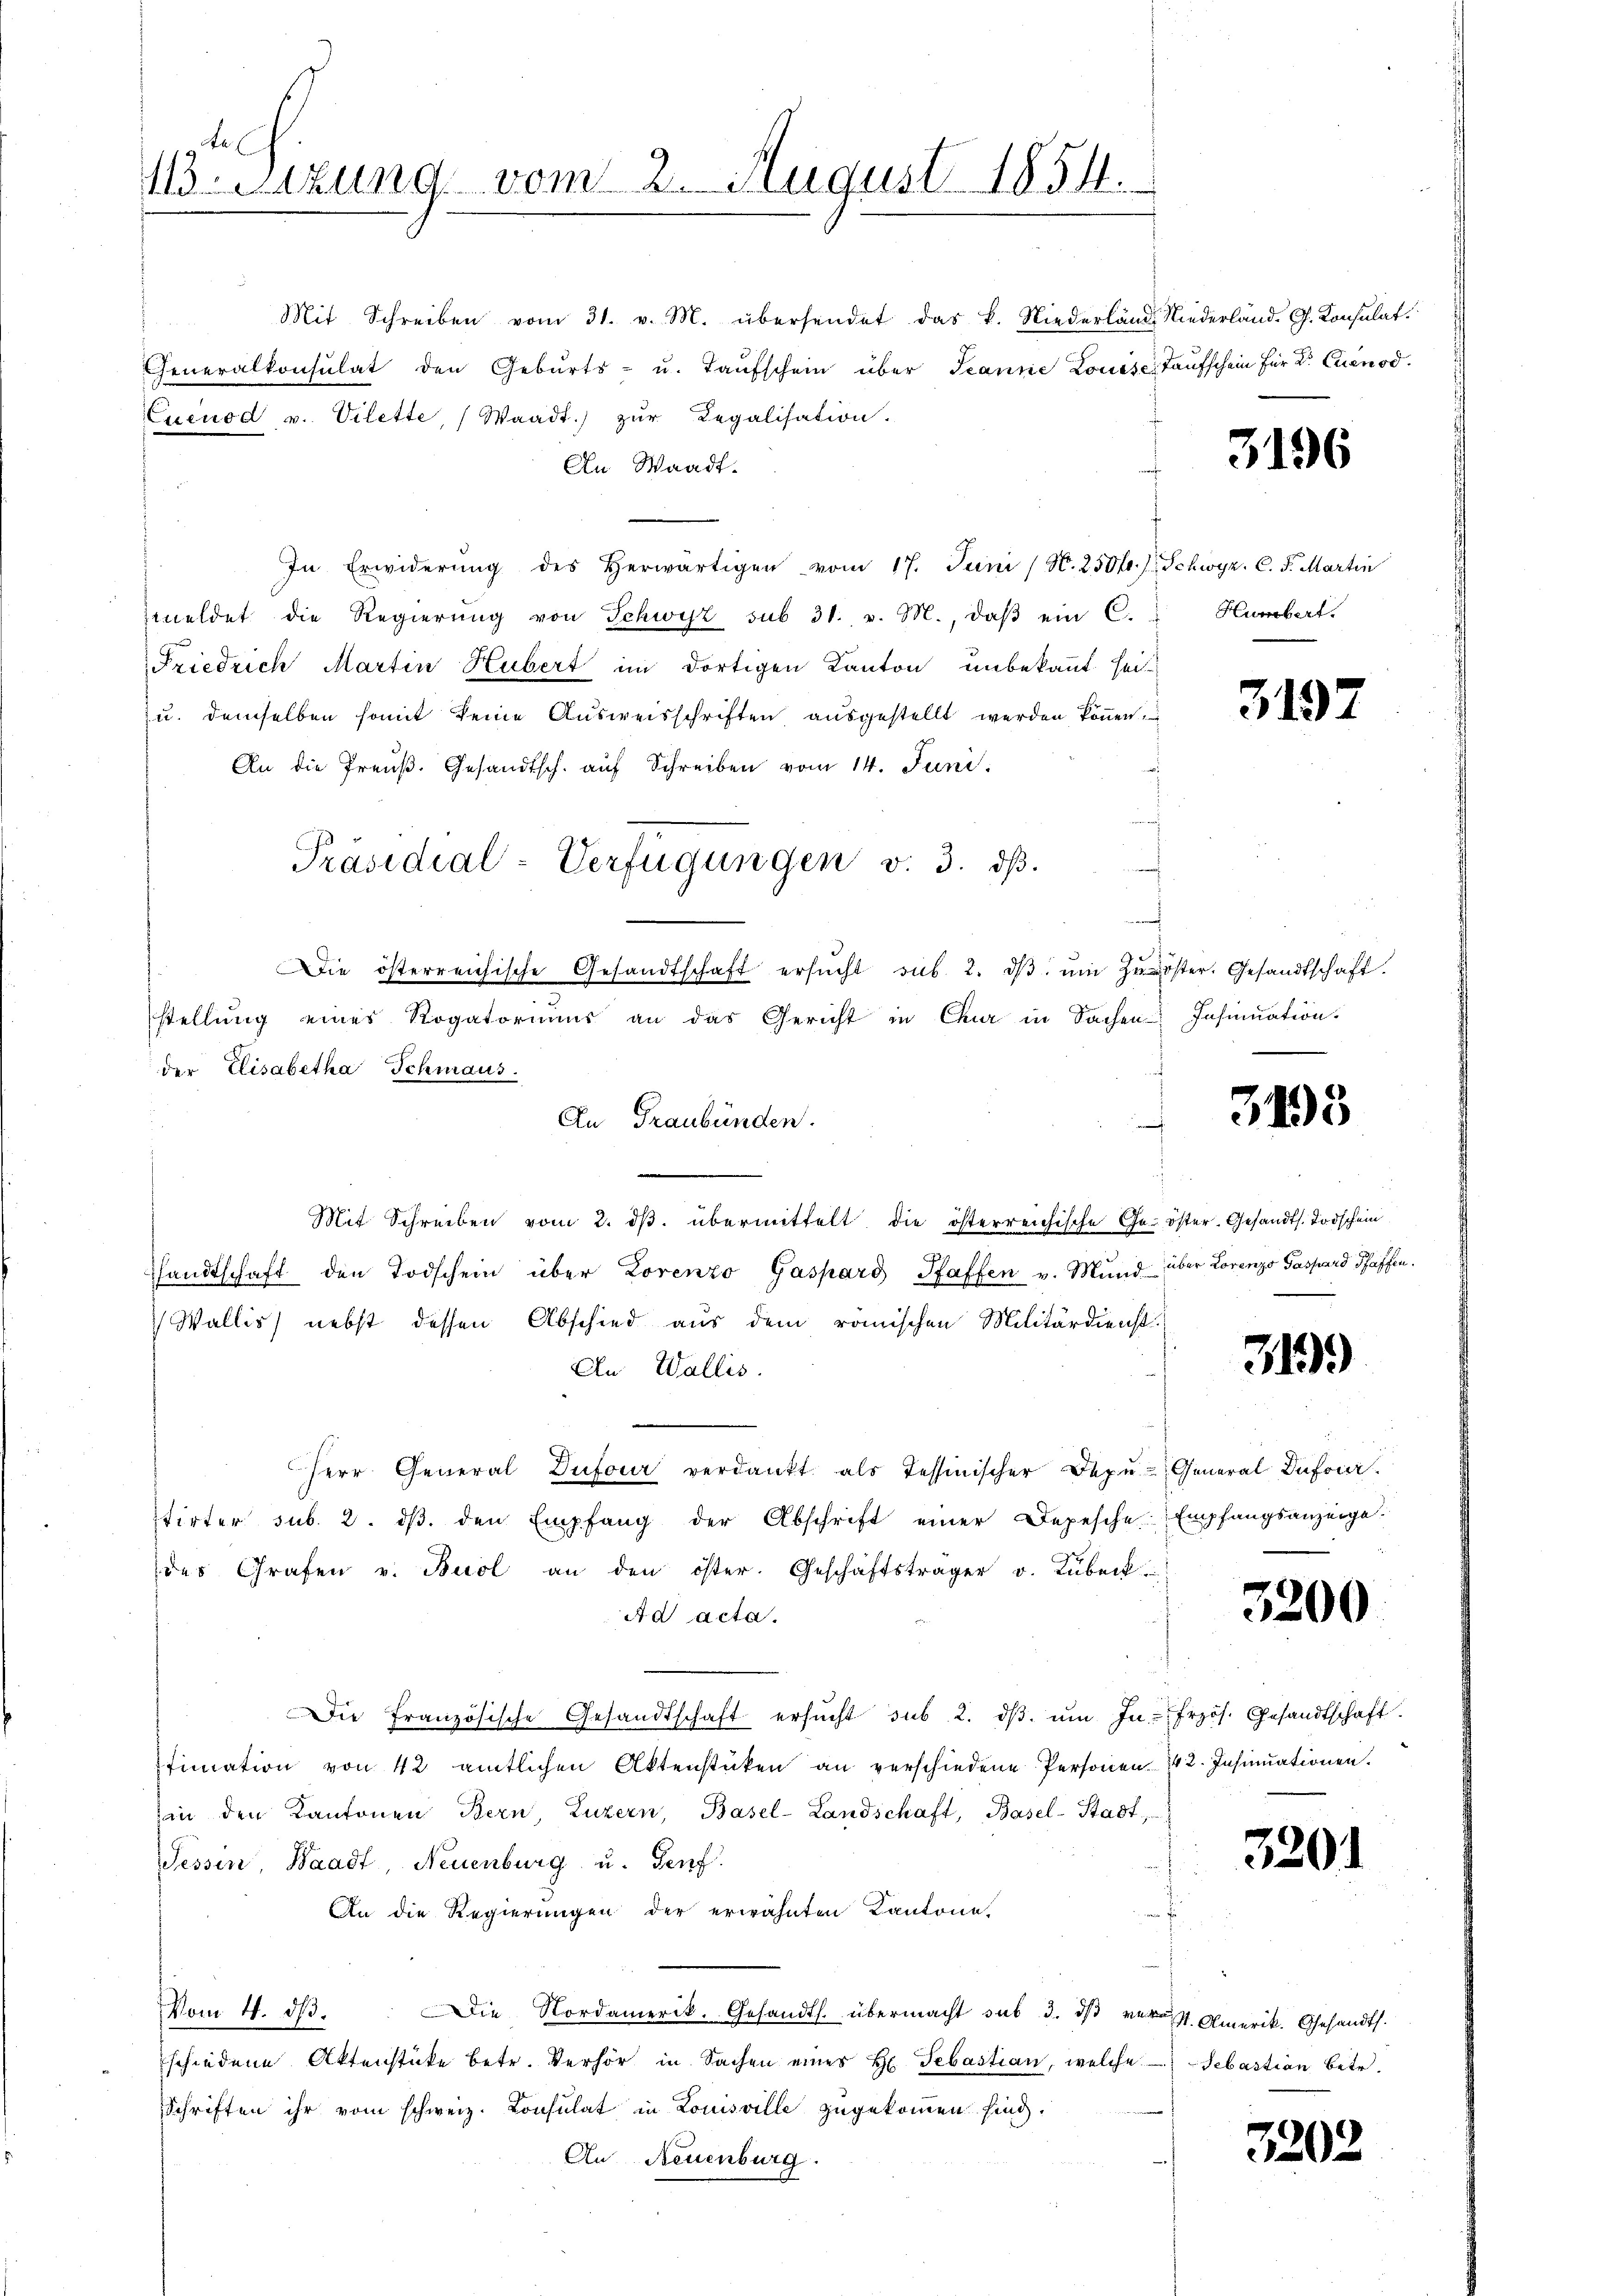
Ael
Btzung vom 2. August 1854.

Mit Schreiben vom 31. v. M. übersendet das k. Niederländ. Niederländ. G. Konsulat
Generalkonsulat den Gebŭrts- u. Taŭfschein über Jeanne Louise Taufschein für Dr. Cuenod
Cueuod v. Vilette, Waadt.) zŭr Legalisation.
An Waadt.
In Erwiderŭng des herwärtigen vom 17. Juni (S. 250 fr.) Schwyz. C. F. Martin
meldet die Regierŭng von Schwyz sub 31. v. M., daβ ein C.
Friedrich Martin Hubert im dortigen Kanton unbekannt sei.
u. demselben somit keine Aŭsweisschriften, aŭsgestellt werden köṅen.
An die Preuß. Gesandtsch. auf Schreiben vom 14. Juni.
Die österreichische Gesandtschaft ersŭcht sub. 2. dβ ŭm Zŭgöster. Gesandtschaft.
stellung eines Rogatoriums an das Gericht in Chur in Sachen Insinuation.
der Elisabetha Schmaus.
An Graubünden.
Mit Schreiben vom 2. dβ. übermittelt die österreichische Ge- öster-Gesandts. Todschein
Pfandtschaft den Todschein über Lorenzo Gaspard Pfaffen v. Mund über Lorenzo Gaspard Pfaffen.
 Wallis) nebst dessen Abschied aus dem römischen Militärdienst
An Wallis.
Herr General Dufour verdankt als Tessinischer Depŭ- General Dufoi.
tirter sub. 2. dβ. den Empfang der Abschrift einer Depesche Empfangsanzeige.
des Grafen v. Buol an den öster. Geschäftsträger v. Lubeck
Ad acta.
Die Französische Gesandtschaft ersŭcht sub 2. dβ ŭm Infrzös. Gesandtschaft
ttimation von 42 amtlichen Aktenstücken an verschiedene Personen 42. Insinuationen.
in den Kantonen Bern Luzern, Basel-Landschaft, Basel-Stadt,
Sessen, Waadt, Neuenburg u. Genf.
An die Regierungen der erwähnten Kantone.
Vom 4. ds.
Die Nordamerik. Gesandts. übermacht sub 3. ds verus Amerik. Gesandts.
schiedene Aktenstücke betr. Verhör in Sachen eines H. Sebastian, welche
Schriften ihr vom schweiz. Consulat in Louisville zugekommen sind.
An Neuenburg.

Präsidial-Verfügungen v. 3. dβ.

3196

Hurbert.

3197

n
.

3195

3199

3200

3201

Sebastian betr.

3202